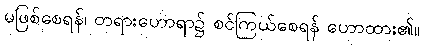
မဖြစ်စေရန်၊ တရားဟောရာ၌ စင်ကြယ်စေရန် ဟောထား၏။